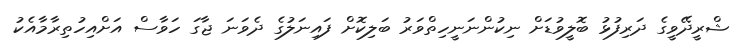
ޝްރީދޭވީގެ ދަރިފުޅު ބޮލީވުޑަށް ނިކުންނަނީހިތްވަރު ބަލިކޮށް ފައިނަލުގެ ދެވަނަ ޖާގަ ހަވާސް އަށްއިހުތިރާމާއެކު